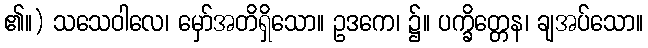
၏။) သသေဝါလေ၊ မှော်အတိရှိသော။ ဥဒကေ၊ ၌။ ပက္ခိတ္တေန၊ ချအပ်သော။